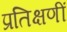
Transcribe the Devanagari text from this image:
प्रतिक्षणीं